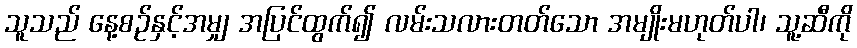
သူသည် နေ့စဉ်နှင့်အမျှ အပြင်ထွက်၍ လမ်းသလားတတ်သော အမျိုးမဟုတ်ပါ၊ သူ့ဆီကို